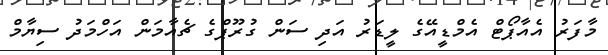
މާފަރު އެއާޕޯޓް އެމްޑީއޭގެ ލީޑަރު އަދި ސަން ގުރޫޕްގެ ޗެއާމަން އަހްމަދު ސިޔާމް